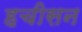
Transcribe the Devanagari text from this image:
हचीसन